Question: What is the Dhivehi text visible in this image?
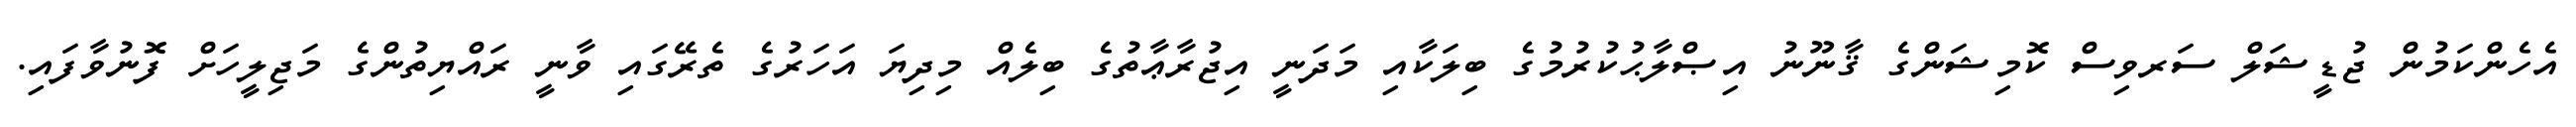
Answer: އެހެންކަމުން ޖުޑީޝަލް ސަރވިސް ކޮމިޝަންގެ ޤާނޫނު އިޞްލާޙުކުރުމުގެ ބިލަކާއި މަދަނީ އިޖުރާޢާތުގެ ބިލެއް މިދިޔަ އަހަރުގެ ތެރޭގައި ވާނީ ރައްޔިތުންގެ މަޖިލީހަށް ފޮނުވާފައި.